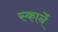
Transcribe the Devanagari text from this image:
स्कार्ने